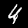
Label: 4